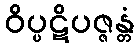
ဝိပ္ပဋိပဇ္ဇန္တံ